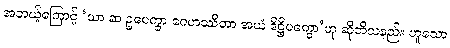
အဘယ့်ကြောင့် ‘ယာ ဆ ဥပေက္ခာ ဂေဟဿိတာ အယံ ဒိဋ္ဌိပက္ခော’ဟု ဆိုဘိသနည်း ဟူသော